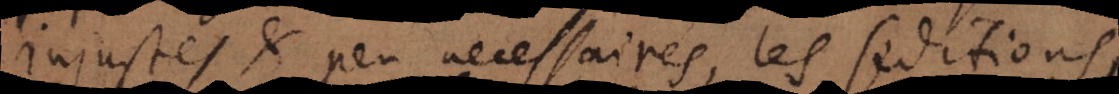
injustes et peu necessaires, les seditions,